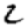
Digit: 2